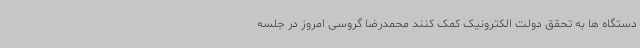
دستگاه ها به تحقق دولت الکترونیک کمک کنند محمدرضا گروسی امروز در جلسه